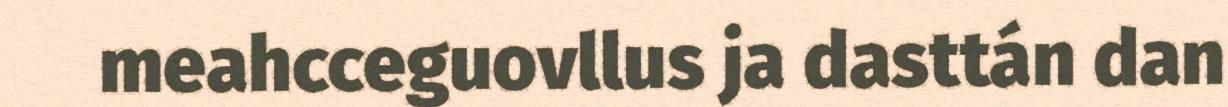
meahcceguovllus ja dasttán dan